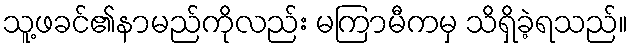
သူ့ဖခင်၏နာမည်ကိုလည်း မကြာမီကမှ သိရှိခဲ့ရသည်။